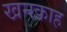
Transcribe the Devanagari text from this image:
खनकाह